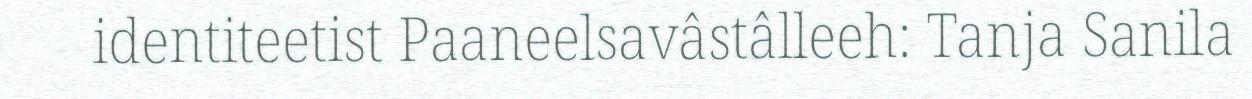
identiteetist Paaneelsavâstâlleeh: Tanja Sanila